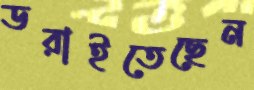
ডরাইতেছেন